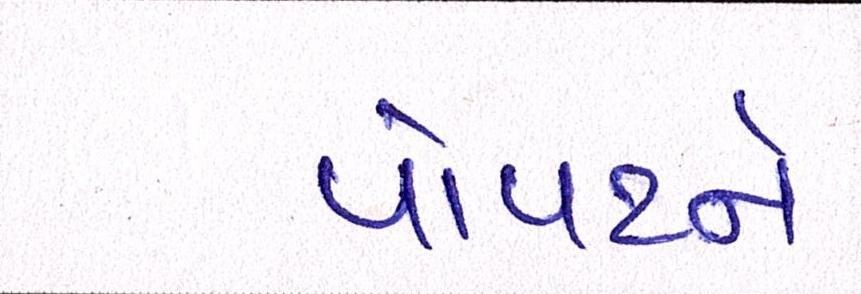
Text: પોપટને